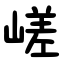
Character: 嵯